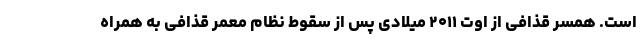
است. همسر قذافی از اوت ۲۰۱۱ میلادی پس از سقوط نظام معمر قذافی به همراه